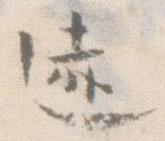
迹